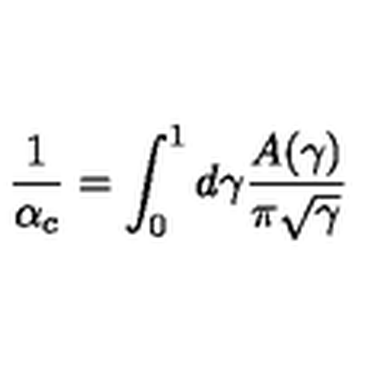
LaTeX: { \frac { 1 } { \alpha _ { c } } } = \int _ { 0 } ^ { 1 } d \gamma { \frac { A ( \gamma ) } { \pi \sqrt \gamma } }